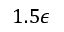
1 . 5 \epsilon